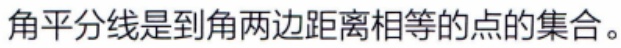
角平分线是到角两边距离相等的点的集合。